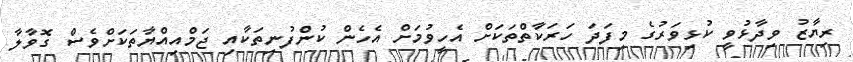
ރިޔާޒު ވިދާޅުވީ ކުޅިވަރުގެ މިފަދަ ހަރަކާތްތަކަށް އެހީވުމަށް އެހެން ކުންފުނިތަކާއި ޖަމްއިއްޔާތަކަށްވެސް ގޮވާލާ